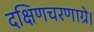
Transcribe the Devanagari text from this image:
दक्षिणचरणाग्रे।